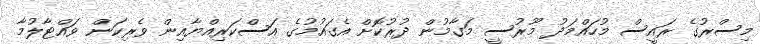
މިސްރުގެ ރައީސް މުހައްމަދު މޫރުސީ މަގާމުން ދުރުކޮށް އެގައުމުގެ އަސްކަރިއްޔާއިން ވެރިކަން ވައްޓާލުމާ